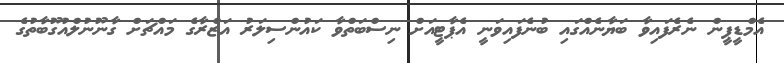
އެމްޑީޕީން ނެރެފައިވާ ބަޔާނެއްގައި ބުނެފައިވަނީ އެޕާޓީއަށް ނިސްބަތްވާ ކައުންސިލަރު އަަޒްރާގެ މައްޗަށް ގާނޫނުލްއުގޫބާތުގެ